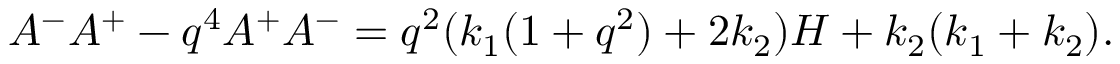
A ^ { - } A ^ { + } - q ^ { 4 } A ^ { + } A ^ { - } = q ^ { 2 } ( k _ { 1 } ( 1 + q ^ { 2 } ) + 2 k _ { 2 } ) H + k _ { 2 } ( k _ { 1 } + k _ { 2 } ) .